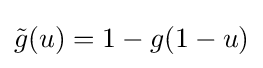
{\tilde {g}}(u)=1-g(1-u)